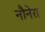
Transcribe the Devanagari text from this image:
नौनेरा